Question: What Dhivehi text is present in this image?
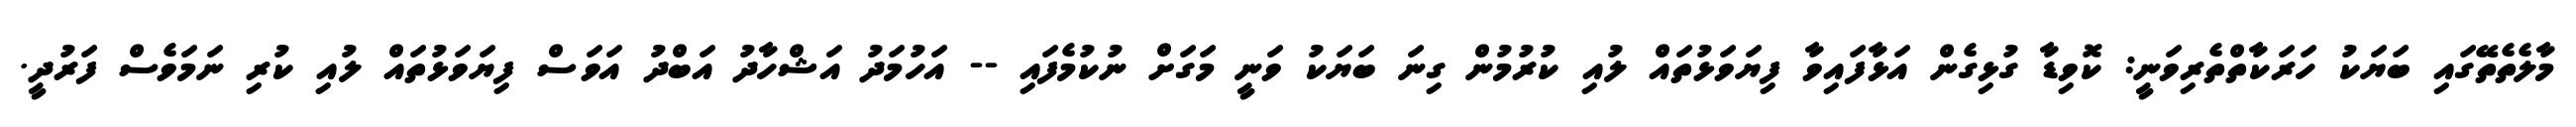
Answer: މާލެތެތޭގައި ބަޔަކު ހަރަކާތްތެރިވަނީ: ކޮވިޑާ ގުޅިގެން އަޅާފައިވާ ފިޔަވަޅުތައް ލުއި ކުރުމުން ގިނަ ބަޔަކު ވަނީ މަގަށް ނުކުމެފައި -- އަހުމަދު އަޝްހާދު އަބްދު އަވަސް ފިޔަވަޅުތައް ލުއި ކުރި ނަމަވެސް ފަރުދީ.